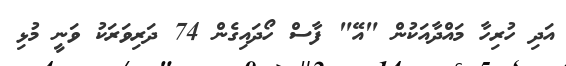
އަދި ހުރިހާ މައްދާއަކުން "އޭ" ފާސް ހޯދައިގެން 74 ދަރިވަރަކު ވަނީ މުޅި